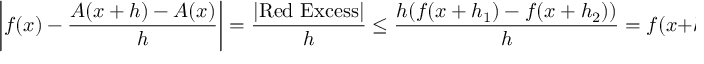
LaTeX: \left| f ( x ) - { \frac { A ( x + h ) - A ( x ) } { h } } \right| = { \frac { | { \mathrm { R e d ~ E x c e s s } } | } { h } } \leq { \frac { h ( f ( x + h _ { 1 } ) - f ( x + h _ { 2 } ) ) } { h } } = f ( x + h _ { 1 } ) - f ( x + h _ { 2 } ) ,